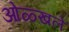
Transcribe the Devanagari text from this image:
ओळ्खले